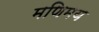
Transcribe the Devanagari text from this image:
मणिमय